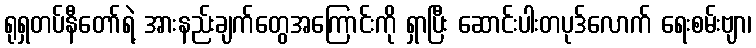
ရုရှတပ်နီတော်ရဲ့ အားနည်းချက်တွေအကြောင်းကို ရှာပြီး ဆောင်းပါးတပုဒ်လောက် ရေးစမ်းဗျာ၊